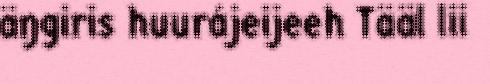
äŋgiris huurájeijeeh Tääl lii